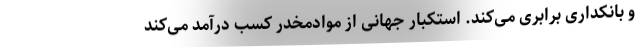
و بانکداری برابری می‌کند. استکبار جهانی از موادمخدر کسب درآمد می‌کند